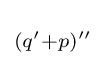
\scriptstyle {(q'+p)''\,}\!